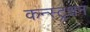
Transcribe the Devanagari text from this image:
कन्स्ट्रक्षन